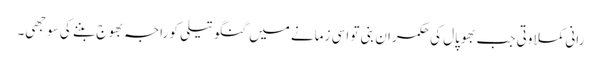
رانی کملا وتی جب بھوپال کی حکمران بنی تو اسی زمانے میں گنگو تیلی کو راجہ بھوج بننے کی سوجھی۔